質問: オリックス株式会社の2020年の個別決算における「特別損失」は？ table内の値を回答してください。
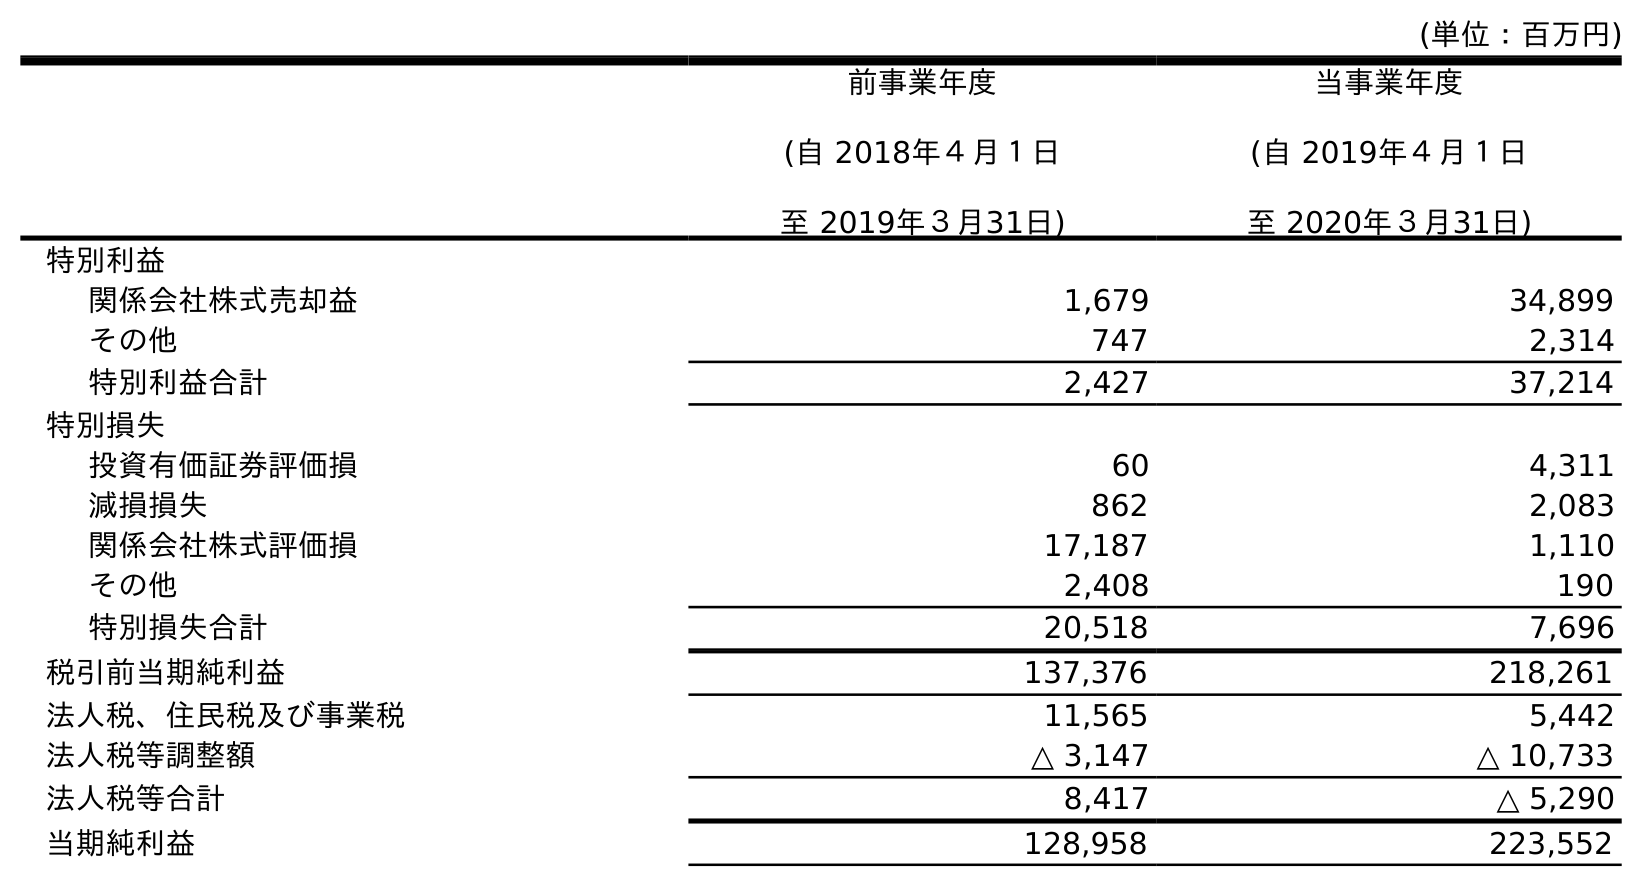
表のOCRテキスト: (単位：百万円) 前事業年度 (自 2018年４月１日 至 2019年３月31日) 当事業年度 (自 2019年４月１日 至 2020年３月31日) 特別利益 関係会社株式売却益 1,679 34,899 その他 747 2,314 特別利益合計 2,427 37,214 特別損失 投資有価証券評価損 60 4,311 減損損失 862 2,083 関係会社株式評価損 17,187 1,110 その他 2,408 190 特別損失合計 20,518 7,696 税引前当期純利益 137,376 218,261 法人税、住民税及び事業税 11,565 5,442 法人税等調整額 △ 3,147 △ 10,733 法人税等合計 8,417 △ 5,290 当期純利益 128,958 223,552
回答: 7,696